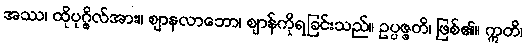
အဿ၊ ထိုပုဂ္ဂိုလ်အား။ ဈာနလာဘော၊ ဈာန်ကိုရခြင်းသည်။ ဥပ္ပဇ္ဇတိ၊ ဖြစ်၏။ ဣတိ၊